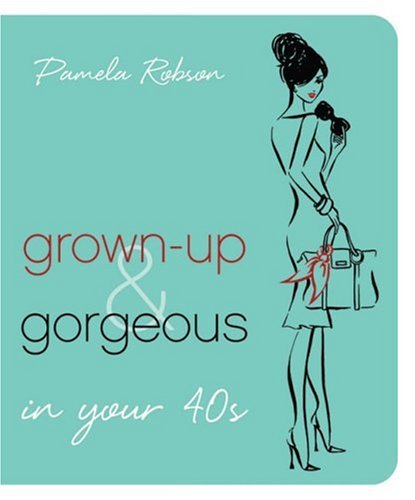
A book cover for Grown-Up & Gorgeous in Your 40s; Pamela Robson; Health, Fitness & Dieting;